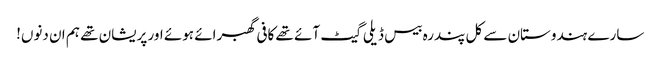
سارے ہندوستان سے کل پندرہ بیس ڈیلی گیٹ آئے تھے کافی گھبرائے ہوئے اور پریشان تھے ہم ان دنوں!